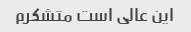
این عالی است متشکرم